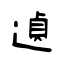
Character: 遉